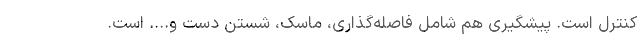
کنترل است. پیشگیری هم شامل فاصله‌گذاری، ماسک، شستن دست و.... است.